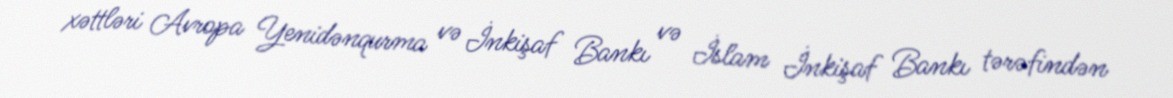
xəttləri Avropa Yenidənqurma və İnkişaf Bankı və İslam İnkişaf Bankı tərəfindən